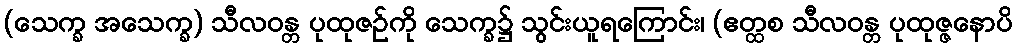
(သေက္ခ အသေက္ခ) သီလဝန္တ ပုထုဇဉ်ကို သေက္ခ၌ သွင်းယူရကြောင်း၊ (ဧတ္ထစ သီလဝန္တ ပုထုဇ္ဇနောပိ